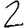
Digit: 2